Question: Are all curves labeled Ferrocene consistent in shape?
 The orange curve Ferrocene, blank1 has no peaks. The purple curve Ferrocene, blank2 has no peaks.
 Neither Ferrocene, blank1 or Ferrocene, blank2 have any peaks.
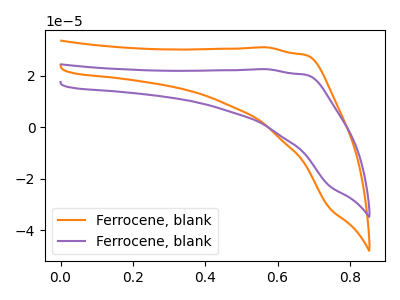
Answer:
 <answer>All the CV's of "Ferrocene" have similar shape.</answer>
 <eval>follow_rule</eval>